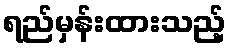
ရည်မှန်းထားသည့်